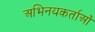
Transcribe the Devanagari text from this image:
अभिनयकर्ताओं